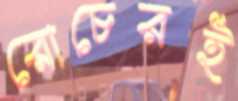
রোচেরই